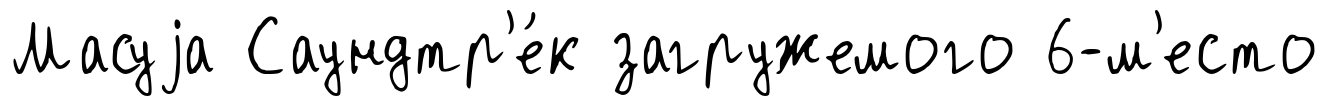
Масуjа Саундтр'е́к загружемого 6-м'есто